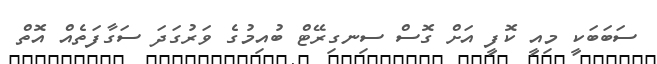
ސަބަބަކީ މިއީ ކޮފީ އަށް ގޮސް ސިނގިރޭޓް ބުއިމުގެ ވަރުގަދަ ސަގާފަތެއް އޮތް